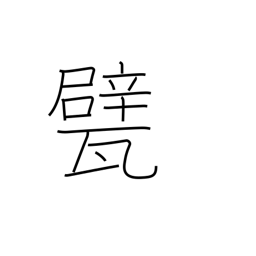
Meaning: floor tiles